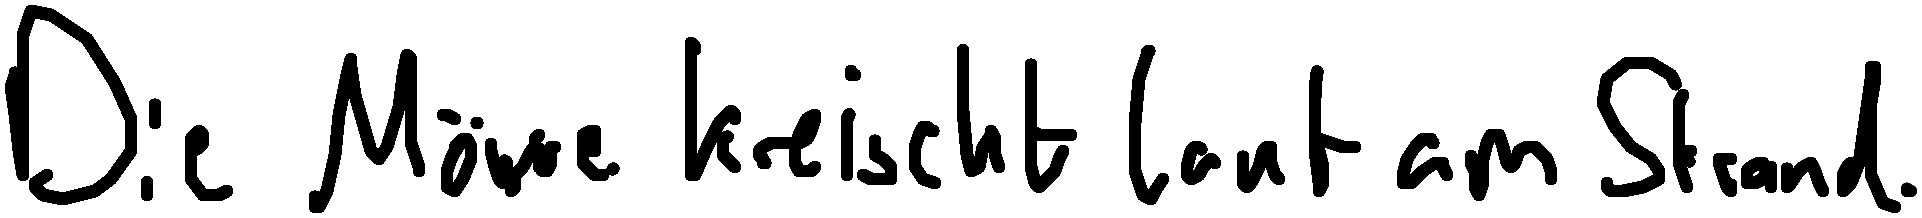
Die Möwe kreischt laut am Strand.